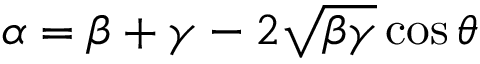
\alpha = \beta + \gamma - 2 \sqrt { \beta \gamma } \cos \theta